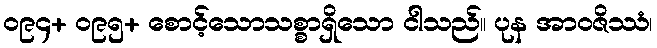
၀၉၄+ ၀၉၅+ စောင့်သောသစ္စာရှိသော ငါသည်။ ပုန အာဝဇိဿံ၊